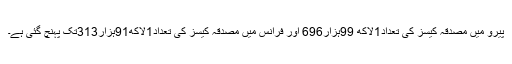
پیرو میں مصدقہ کیسز کی تعداد1لاکھ 99ہزار696 اور فرانس میں مصدقہ کیسز کی تعداد1لاکھ91ہزار313تک پہنچ گئی ہے۔